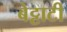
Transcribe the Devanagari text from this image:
बेट्टाटी